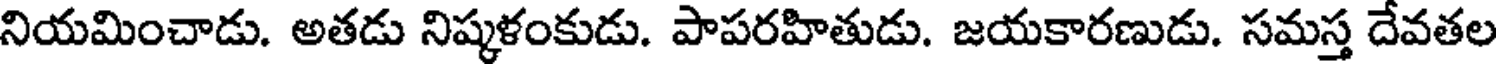
నియమించాడు. అతడు నిష్కళంకుడు. పాపరహితుడు. జయకారణుడు. సమస్త దేవతల